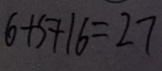
6 + 5 + 1 6 = 2 7